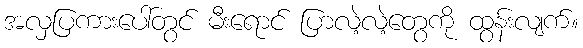
အလှပြကားပေါ်တွင် မီးရောင် ပြာလဲ့လဲ့တွေကို ထွန်းလျက်။